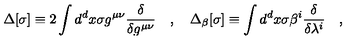
\Delta [ \sigma ] \equiv 2 \int d ^ { d } x \sigma g ^ { \mu \nu } \frac { \delta } { \delta g ^ { \mu \nu } } \quad , \quad \Delta _ { \beta } [ \sigma ] \equiv \int d ^ { d } x \sigma \beta ^ { i } \frac { \delta } { \delta \lambda ^ { i } } \quad ,